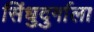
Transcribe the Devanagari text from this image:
सिंधुदुर्गाला